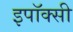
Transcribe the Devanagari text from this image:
इपॉक्सी